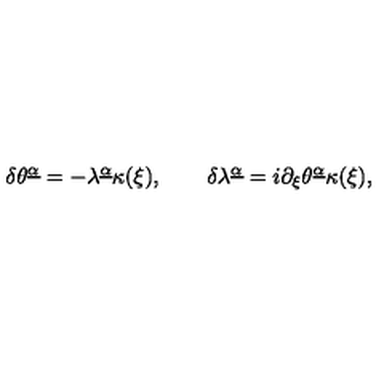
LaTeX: \delta \theta ^ { \underline { \alpha } } = - \lambda ^ { \underline { \alpha } } \kappa ( \xi ) , \qquad \delta \lambda ^ { \underline { \alpha } } = i \partial _ { \xi } \theta ^ { \underline { \alpha } } \kappa ( \xi ) ,